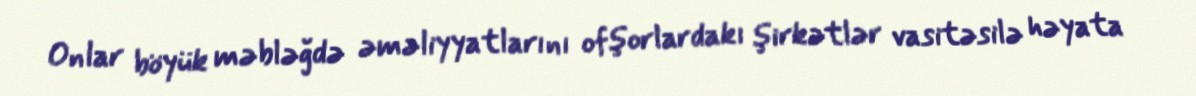
Onlar böyük məbləğdə əməliyyatlarını ofşorlardakı şirkətlər vasitəsilə həyata